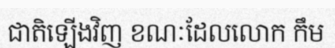
ជាតិឡើងវិញ ខណៈដែលលោក កឹម